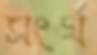
সংর্ঘ